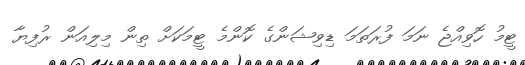
ޓީމު ހޮވިއްޖެ ނަމަ ފުރަތަމަ ޑިވިޝަންގެ ކޮންމެ ޓީމަކަށް ތިން މިލިއަން ރުފިޔާ